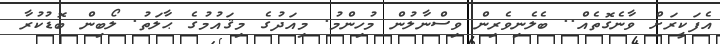
އެފަކީރަށް ވާނެގޮތެއް.. ބެލެނިވެރިން ވިސްނާލުން މުހިންމު. މިއަދުގެ މިޤައުމުގެ ޙާލަތު. ލޯބިން ބޮޑުކުރާ